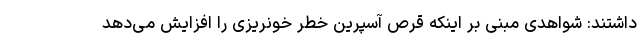
داشتند: شواهدی مبنی بر اینکه قرص آسپرین خطر خونریزی را افزایش می‌دهد